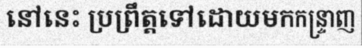
នៅនេះ ប្រព្រឹត្តទៅដោយមកកន្ទ្រាញ